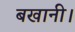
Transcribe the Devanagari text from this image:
बखानी।